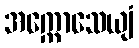
အက္ကောသေယျံ